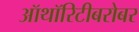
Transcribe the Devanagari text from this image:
ऑथॉरिटीबरोबर